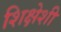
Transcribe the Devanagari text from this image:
शिक्षेशी